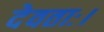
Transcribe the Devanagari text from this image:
देवताः।